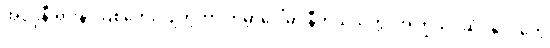
အင်ဒိုနီးရှားနဲ့ ဩစတေးလျတို့ဟာ ကမ္ဘာပေါ်မှာ နီကယ်သတ္တု အကြွယ်ဝဆုံး နိုင်ငံတွေ